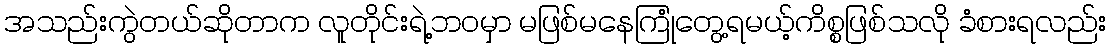
အသည်းကွဲတယ်ဆိုတာက လူတိုင်းရဲ့ဘဝမှာ မဖြစ်မနေကြုံတွေ့ရမယ့်ကိစ္စဖြစ်သလို ခံစားရလည်း